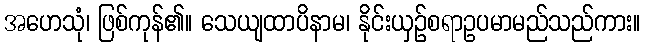
အဟေသုံ၊ ဖြစ်ကုန်၏။ သေယျထာပိနာမ၊ နိုင်းယှဉ်စရာဥပမာမည်သည်ကား။